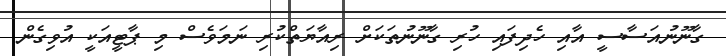
ގާނޫނުއަސާސީ އާއި ހެދިފައި ހުރި ގާނޫނުތަކަށް ރިއާޔަތްކުރި ނަމަވެސް މި ޕާޓީއަކީ އުވިގެން